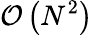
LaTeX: \mathcal{O}\left(N^{2}\right)